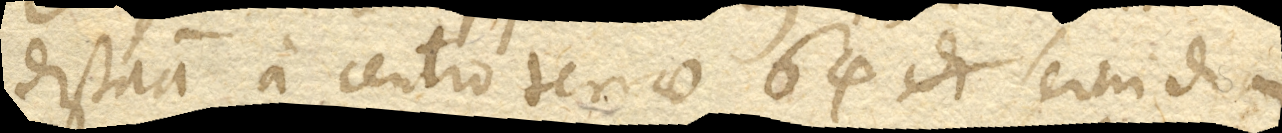
distantia a centro terrae 64